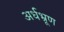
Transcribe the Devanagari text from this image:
अर्धभ्रूण